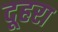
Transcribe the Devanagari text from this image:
दूहरा